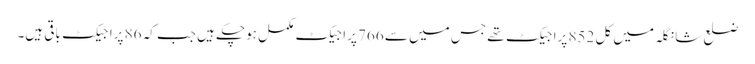
ضلع شانگلہ میں کل 852 پراجیکٹ تھے جس میں سے 766 پراجیکٹ مکمل ہوچکے ہیں جب کہ 86 پراجیکٹ باقی ہیں۔